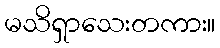
မသိရှာသေးတကား။